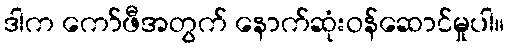
ဒါက ကော်ဖီအတွက် နောက်ဆုံးဝန်ဆောင်မှုပါ။